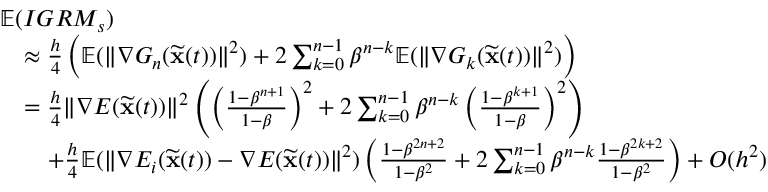
\begin{array} { r l } & { { \mathbb { E } } ( I G R M _ { s } ) } \\ & { \quad \approx \frac { h } { 4 } \left( { \mathbb { E } } ( \| \nabla G _ { n } ( \widetilde \mathbf { x } ( t ) ) \| ^ { 2 } ) + 2 \sum _ { k = 0 } ^ { n - 1 } \beta ^ { n - k } { \mathbb { E } } ( \| \nabla G _ { k } ( \widetilde \mathbf { x } ( t ) ) \| ^ { 2 } ) \right) } \\ & { \quad = \frac { h } { 4 } \| \nabla E ( \widetilde \mathbf { x } ( t ) ) \| ^ { 2 } \left( \left( \frac { 1 - \beta ^ { n + 1 } } { 1 - \beta } \right) ^ { 2 } + 2 \sum _ { k = 0 } ^ { n - 1 } \beta ^ { n - k } \left( \frac { 1 - \beta ^ { k + 1 } } { 1 - \beta } \right) ^ { 2 } \right) } \\ & { \quad \quad + \frac { h } { 4 } { \mathbb { E } } ( \| \nabla E _ { i } ( \widetilde \mathbf { x } ( t ) ) - \nabla E ( \widetilde \mathbf { x } ( t ) ) \| ^ { 2 } ) \left( \frac { 1 - \beta ^ { 2 n + 2 } } { 1 - \beta ^ { 2 } } + 2 \sum _ { k = 0 } ^ { n - 1 } \beta ^ { n - k } \frac { 1 - \beta ^ { 2 k + 2 } } { 1 - \beta ^ { 2 } } \right) + O ( h ^ { 2 } ) } \end{array}